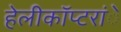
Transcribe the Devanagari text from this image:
हेलीकाॅप्टरांे